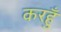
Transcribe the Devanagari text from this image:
करहुँ